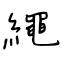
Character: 繩